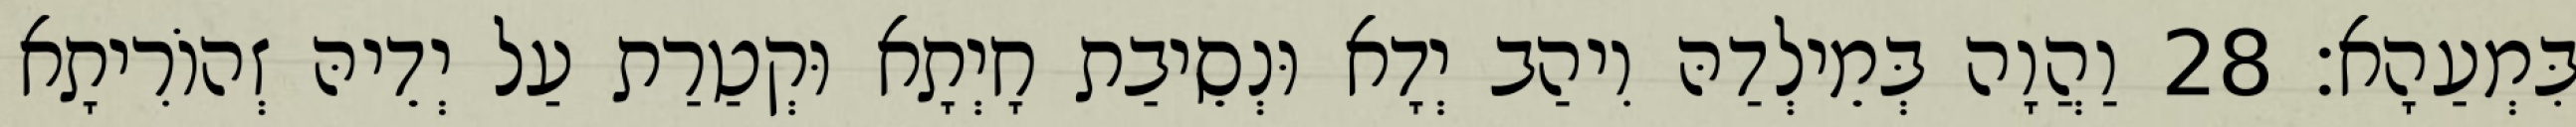
בִּמְעַהָא׃ 28 וַהֲוָה בְּמֵילְדַהּ וִיהַב יְדָא וּנְסֵיבַת חָיְתָא וּקְטַרַת עַל יְדֵיהּ זְהוֹרִיתָא